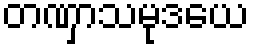
တဏှာသမုဒယေ